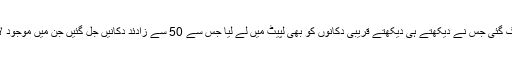
سرگودھا کے علاقے بلاک 2 میں واقع بازار میں موجود کپڑے کی دکان میں شاٹ سرکٹ کے باعث آگ لگ گئی جس نے دیکھتے ہی دیکھتے قریبی دکانوں کو بھی لپیٹ میں لے لیا جس سے 50 سے زادئد دکانیں جل گئیں جن میں موجود لاکھوں روپے مالیت کا سامان بھی جل کر راکھ ہوگیا تاہم واقعے میں کسی جانی نقصان کی اطلاع نہیں ملی۔